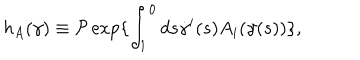
LaTeX: h _ { A } ( \gamma ) \equiv { \cal P } \exp \{ \int _ { 1 } ^ { 0 } d s \dot { \gamma } ^ { i } ( s ) A _ { i } ( \gamma ( s ) ) \} ,